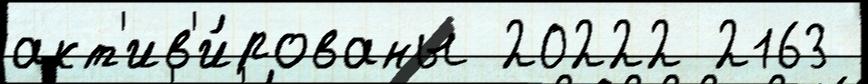
акт'ив'и́рованы 20222 2163